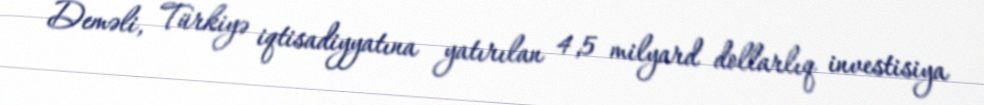
Deməli, Türkiyə iqtisadiyyatına yatırılan 4,5 milyard dollarlıq investisiya